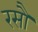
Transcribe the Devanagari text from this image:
रसौ